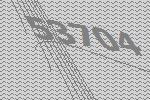
53704